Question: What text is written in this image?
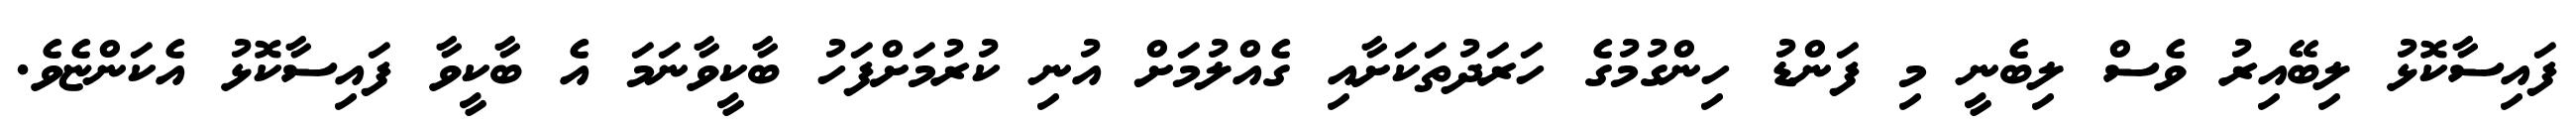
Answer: ފައިސާކޮޅު ލިބޭއިރު ވެސް ލިބެނީ މި ފަންޑު ހިންގުމުގެ ހަރަދުތަކަށާއި ގެއްލުމަށް އުނި ކުރުމަށްފަހު ބާކީވާނަމަ އެ ބާކީވާ ފައިސާކޮޅު އެކަންޏެވެ.